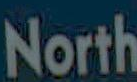
North